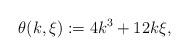
LaTeX: \begin{align*} \theta(k,\xi):=4k^3+12k\xi,\end{align*}